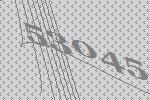
53045